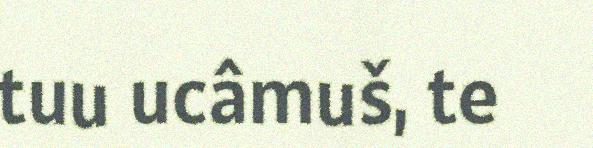
tuu ucâmuš, te